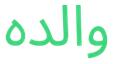
والده